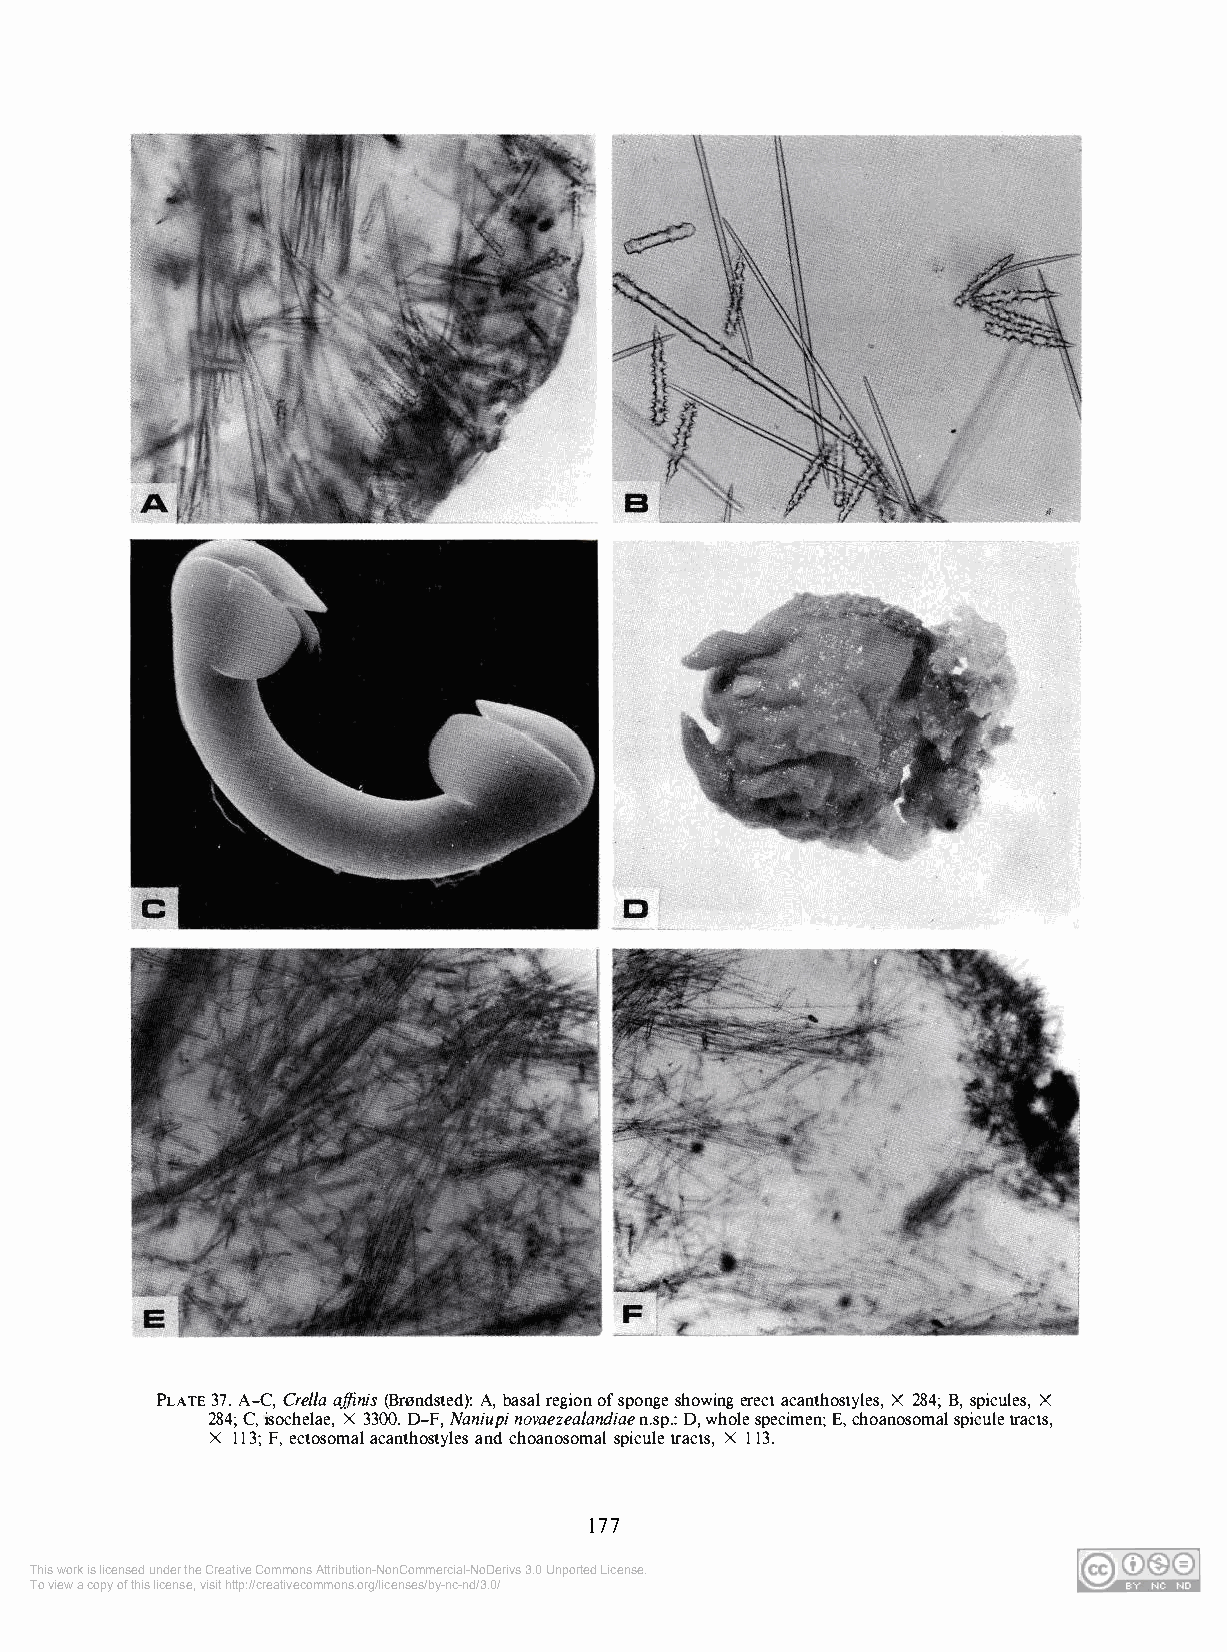
37. A-C, Crelia affinis (Brnndsted): A, basal region of sponge showing erect acanthostyles, 284; B, spicules,
 PLAT2E8 4; C, isochelae, X 3300. D-F, Naniupi novaezealandiae n.sp.: D, whole specimen; E, choanXo somal spicule tractXs,
 X 113; F, ectosomal acanthostyles and choanosomal spicule tracts, X 113.
 177
 This work is licensed under the Creative Commons Attribution-NonCommercial-NoDerivs 3.0 Unported License.
 To view a copy of this license, visit http://creativecommons.org/licenses/by-nc-nd/3.0/